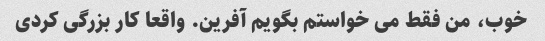
خوب، من فقط می خواستم بگویم آفرین. واقعا کار بزرگی کردی